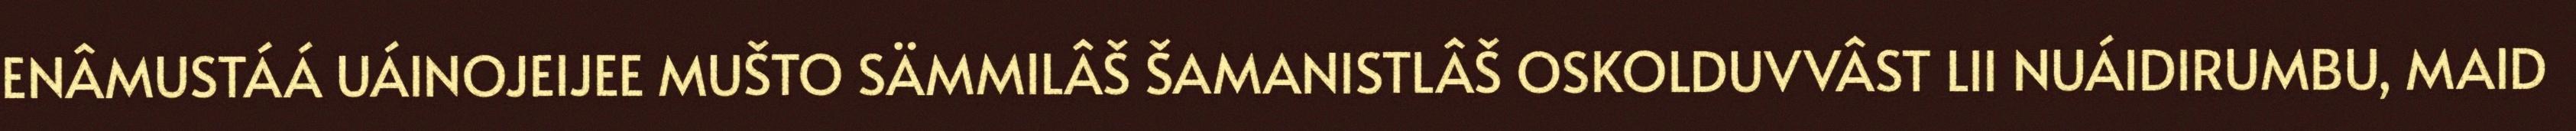
ENÂMUSTÁÁ UÁINOJEIJEE MUŠTO SÄMMILÂŠ ŠAMANISTLÂŠ OSKOLDUVVÂST LII NUÁIDIRUMBU, MAID